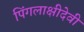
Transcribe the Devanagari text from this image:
पिंगलाक्षीदेवी